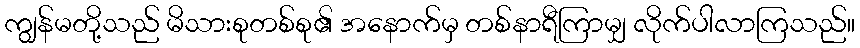
ကျွန်မတို့သည် မိသားစုတစ်စု၏ အနောက်မှ တစ်နာရီကြာမျှ လိုက်ပါလာကြသည်။